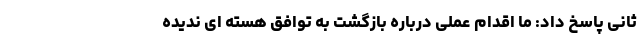
ثانی پاسخ داد: ما اقدام عملی درباره بازگشت به توافق هسته ای ندیده